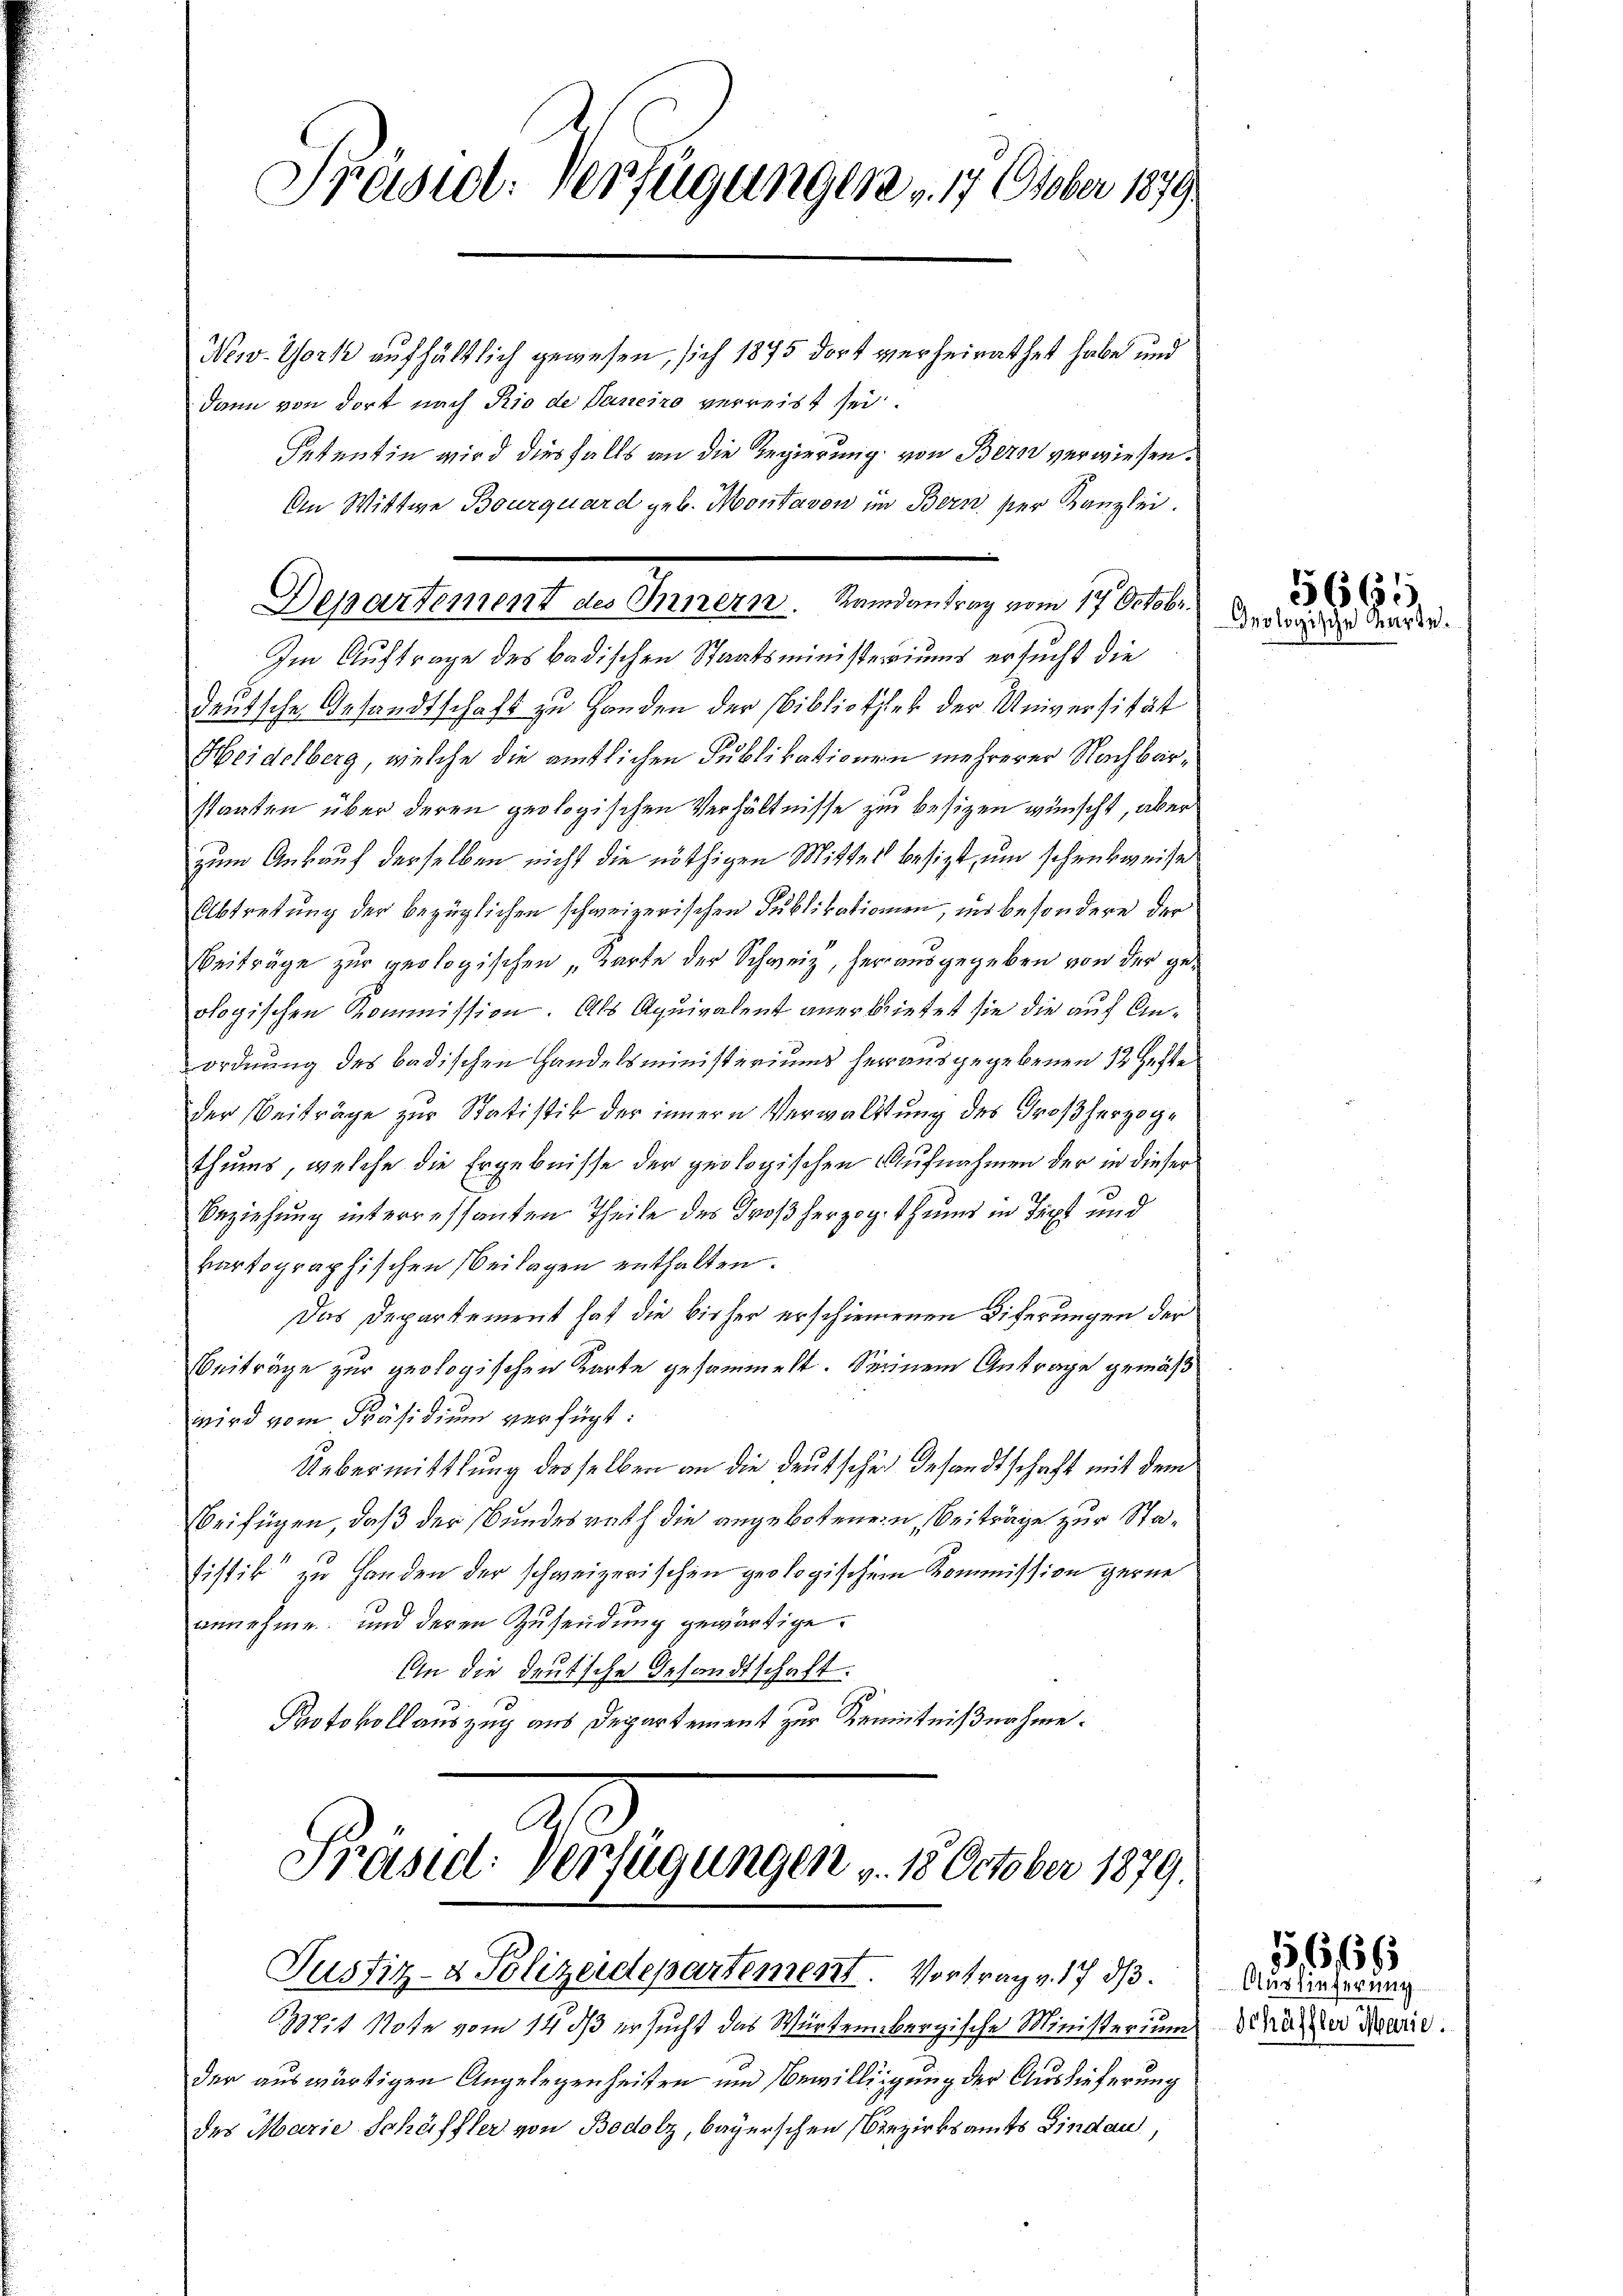
deutsche Gesandtschaft zu Handen der Bibliothek der Universität
Heidelberg, welche die amtlichen Publikationen mehrerer Nachbarstaaten über deren geologischen Verhältnisse zu besizen wünscht, aber
zum Ankauf derselben nicht die nöthigen Mittel besizt, um schenkweise
Abtretung der bezüglichen schweizerischen Publikationen, ins besondere der
Beiträge zur geologischen Karte der Schweiz, herausgegeben von der geologischen Kommission. Als Aquivalent anerbietet sie die auf Anordnung des badischen Handelsministeriums herausgegebenen 12 Hefte
der Beiträge zur Statistik der innern Verwaltung des Großherzogthums, welche die Ergebnisse der geologischen Aufnahmen der in dieser
Beziehung interressanten Theile des Großherzogthums in Text und
vartographischen Beilagen enthalten.
Das Departement hat die bisher erschienenen Diferungen der
Beiträge zur geologischen Karte gesammelt. Seinem Antrage gemäß
wird vom Präsidium verfügt:
Uebermittlung desselben an die deutsche Gesandtschaft mit dem
beifügen, daß der Bundesrath die angebotenen, Beiträge zur Statistik“ zu Handen der schweizerischen geologischem Kommission gerne
annehme und deren Zusendung gewärtige.
An die deutsche Gesandtschaft.
Protokollauszug aus Departement zur Kenntnißnahme.

Präsid. Verfügungen u. 17 Otober 1879
New-York aufhältlich gewesen, sich 1895 dort verheirathet habe und
dann von dort nach Rio de Daneiro verreist sei.
Setentin wird diesfalls an die Regierung von Bern verwiesen.
An Wittwe Bourquard geb. Montavon im Bern der Kanzlei.

Departement des Innern. Randantrag vom 14. Octobr.
Im Auftrage des Badischen Staatsministeriums ersucht die

Präsid. Verfügungen u. 18 October 1879.
Justiz- & Polizeidepartement. Vortrag v. 17 d.

33711 Note vom 14. ds ersucht das Würtembergische Ministerium
der auswärtigen Angelegenheiten und Bewilligung der Auslieferung
des Marie Schäffler von Bodolz, bayerschen Bezirksamts Bindau

5661
Inologische Karte

Auslieferung
Schäffler Marie.

15,666